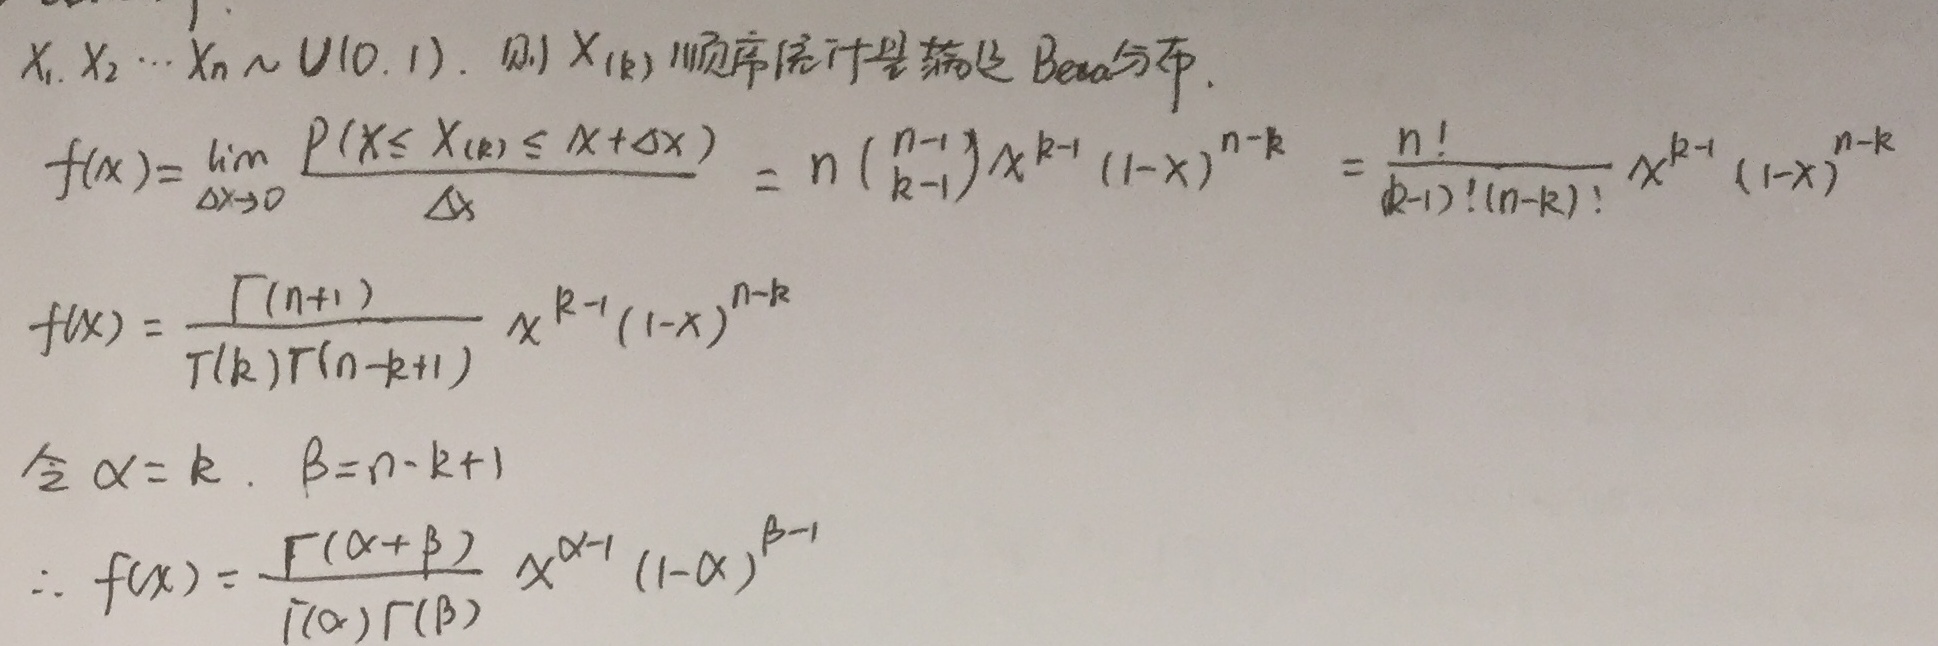
\(X_1,X_2,\cdots,X_n\sim U(0,1)\)，则\(X_{(k)}\)顺序统计量满足Beta分布。

\[
\begin{align*}
f(x)&=\lim_{\Delta x \to 0} \frac{P(X\leq X_{(k)}\leq X + \Delta x)}{\Delta x}\\
&= n\begin{pmatrix}n - 1\\k - 1\end{pmatrix}x^{k - 1}(1 - x)^{n - k}\\
&=\frac{n!}{(k - 1)!(n - k)!}x^{k - 1}(1 - x)^{n - k}\\
f(x)&=\frac{\Gamma(n + 1)}{\Gamma(k)\Gamma(n - k + 1)}x^{k - 1}(1 - x)^{n - k}
\end{align*}
\]

令\(\alpha = k\)，\(\beta=n - k + 1\)

\[
\therefore f(x)=\frac{\Gamma(\alpha+\beta)}{\Gamma(\alpha)\Gamma(\beta)}x^{\alpha - 1}(1 - x)^{\beta - 1}
\]